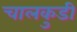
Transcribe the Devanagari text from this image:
चालकुडी